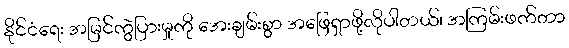
နိုင်ငံရေး အမြင်ကွဲပြားမှုကို အေးချမ်းစွာ အဖြေရှာဖို့လိုပါတယ်၊ အကြမ်းဖက်တာ